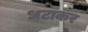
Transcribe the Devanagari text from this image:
धटाकर